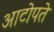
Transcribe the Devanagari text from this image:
आटोपते